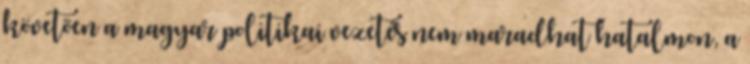
követõen a magyar politikai vezetés nem maradhat hatalmon, a